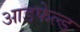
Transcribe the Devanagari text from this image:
आडफेल्ड